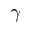
\gamma